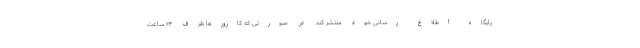
پایگاه اطلاع رسانی خود منتشر کند. در صورتی که کارورها ظرف ۲۴ ساعت